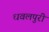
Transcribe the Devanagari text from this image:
धवलपुरी